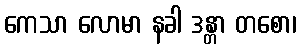
ကေသာ လောမာ နခါ ဒန္တာ တစော၊